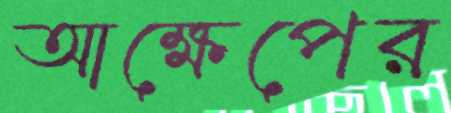
আক্ষেপের